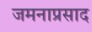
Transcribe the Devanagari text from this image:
जमनाप्रसाद